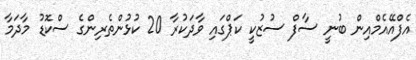
އެފްއޭއެމްއިން ބުނީ ސާފް ސުޒުކީ ކަޕްގައި ވާދަކުރާ 20 ކުޅުންތެރިންގެ ސްކޮޑު މާދަމާ